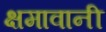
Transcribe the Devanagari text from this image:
क्षमावानी